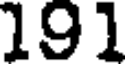
191